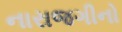
નારાજગીનો